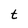
Character: t